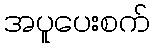
အပူပေးစက်